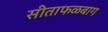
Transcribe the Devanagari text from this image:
सीताफळबाग